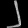
Digit: ၂